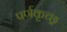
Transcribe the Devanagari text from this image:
पर्णकृच्छ्र